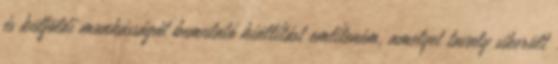
és külföldi munkásságát bemutató kiállítást említeném, amelyet tavaly sikerült